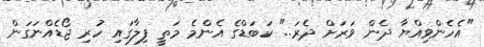
"އެހެންވިއްޔާ ދެން ވަރަށް ދެރަ.." ކަބަޑްގެ އެންމެ މަތީ ފިލާގައި ހުރި ޖޯޑެއްނަގަން